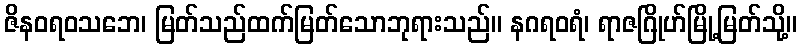
ဇိနဝရဝသဘေ၊ မြတ်သည်ထက်မြတ်သောဘုရားသည်။ နဂရဝရံ၊ ရာဇဂြိုဟ်မြို့မြတ်သို့။